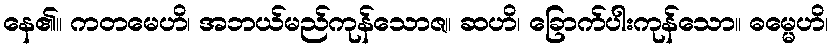
နေ၏။ ကတမေဟိ၊ အဘယ်မည်ကုန်သောဇ။ ဆဟိ၊ ခြောက်ပါးကုန်သော။ ဓမ္မေဟိ၊